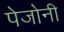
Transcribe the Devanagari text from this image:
पेजोनी